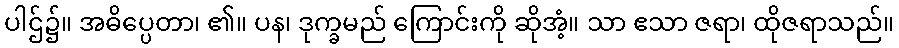
ပါဌ်၌။ အဓိပ္ပေတာ၊ ၏။ ပန၊ ဒုက္ခမည် ကြောင်းကို ဆိုအံ့။ သာ ဧသာ ဇရာ၊ ထိုဇရာသည်။